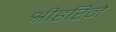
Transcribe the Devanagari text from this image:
श्रीहरिने